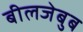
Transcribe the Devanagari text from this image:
बीलजेबुब